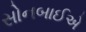
સોનબાઈએ